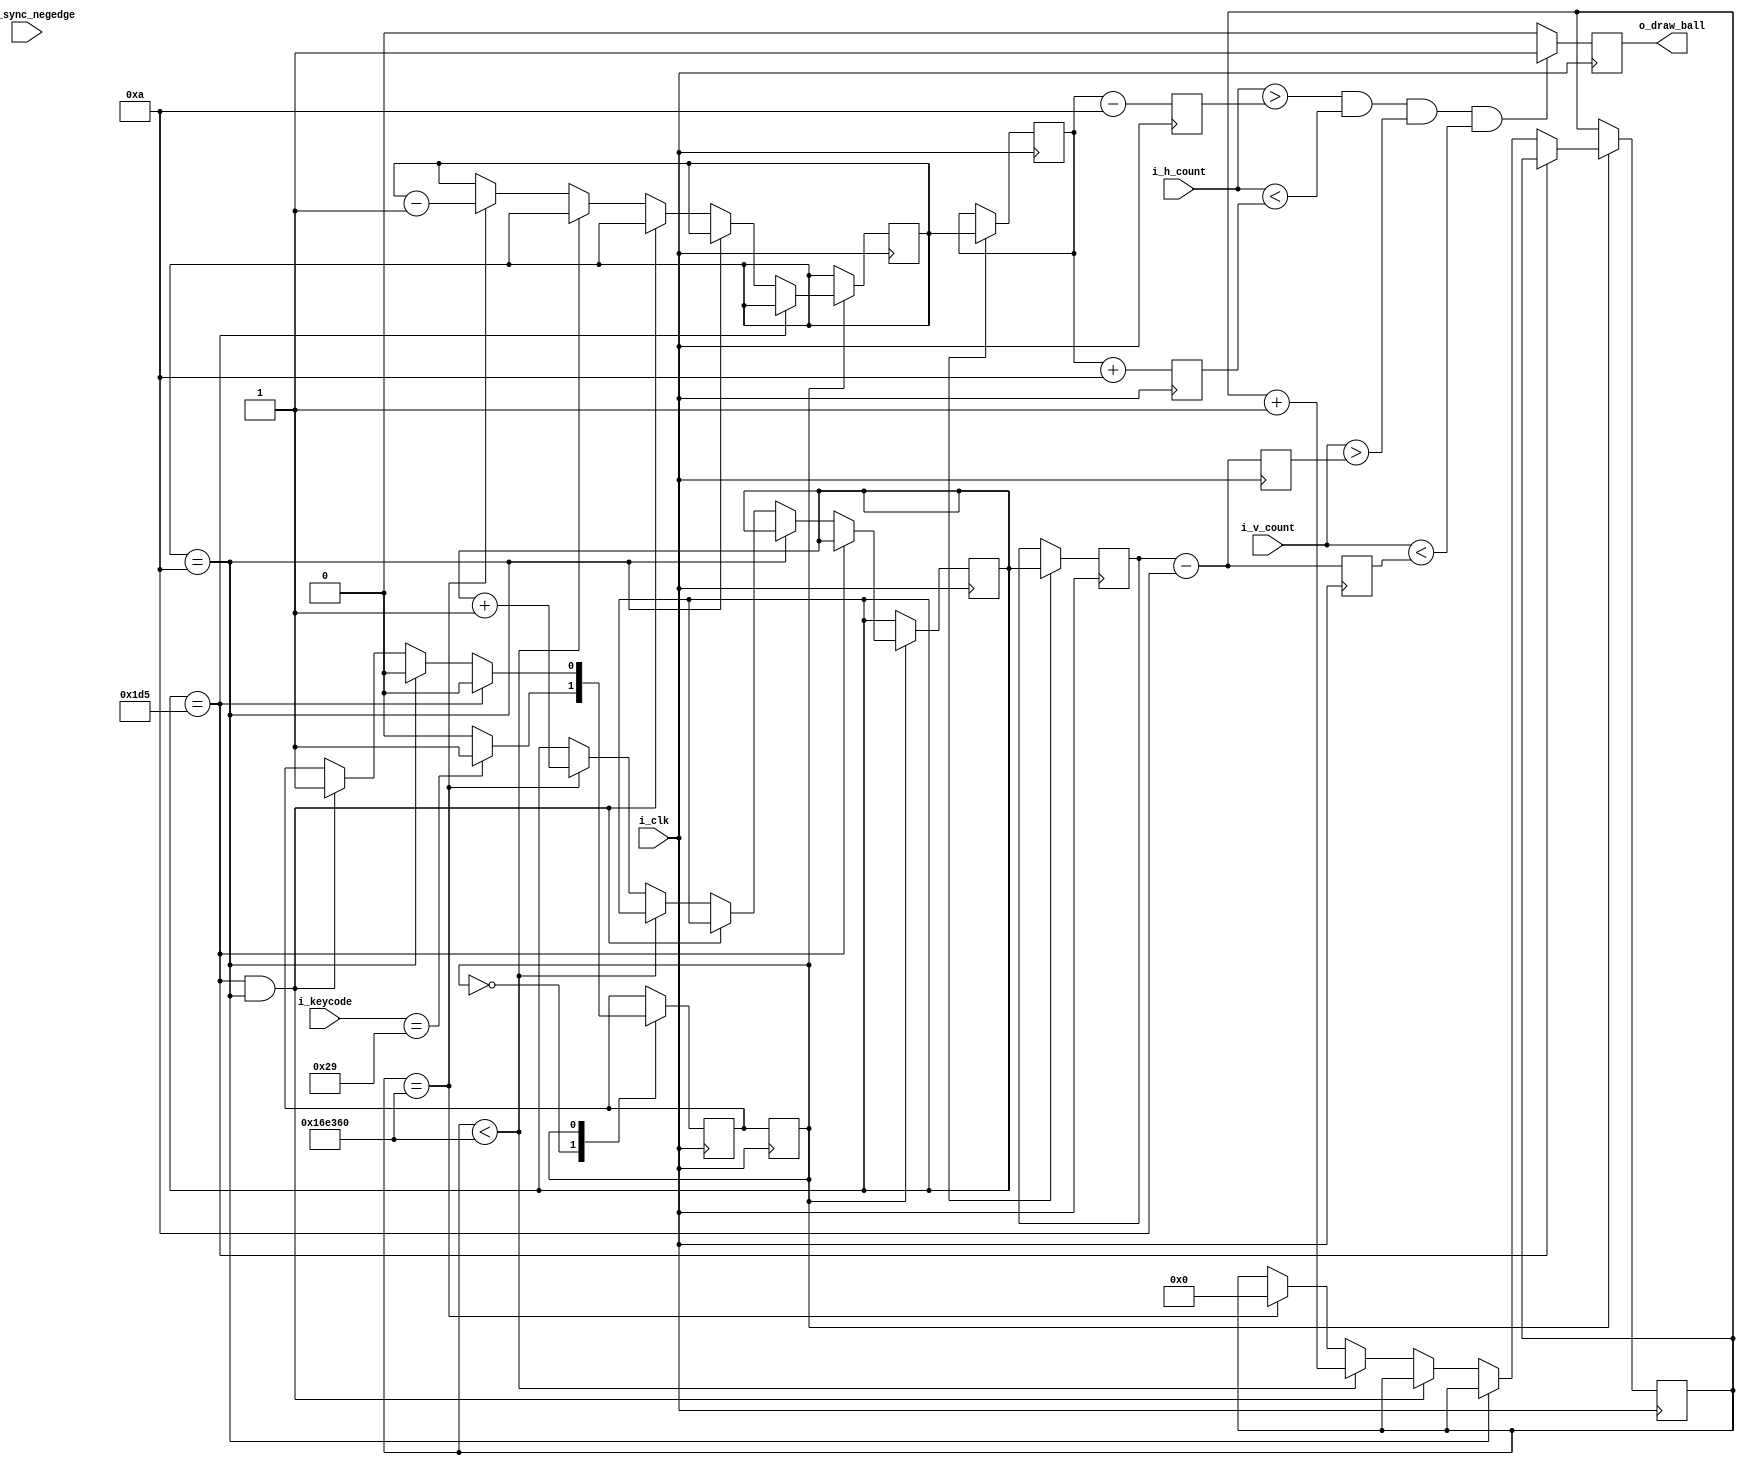
module ball_movement(
	input i_clk,
	input [15:0] i_keycode,
	input i_v_sync_negedge,
	input [9:0] i_v_count,
	input [9:0] i_h_count,
	output o_draw_ball
);
	
	parameter BALL_RADIUS = 10;
	parameter NOT_MOVING = 3'b000;
	parameter DOWN_LEFT= 3'b001;
	parameter UP_LEFT = 3'b010;
	parameter UP_RIGHT = 3'b011;
	parameter DOWN_RIGHT = 3'b100;
	parameter START_MOVING = 8'h29;
	parameter X_START = 320;
	parameter Y_START = 240;
	parameter SCREEN_HEIGHT = 479;
	parameter SCREEN_WIDTH = 639;
	parameter BALL_SPEED = 1500000;
	
	
	reg r_current_state = NOT_MOVING, r_next_state = NOT_MOVING;	
	reg [20:0] r_movement_counter = 0;
	reg [9:0] r_intermediate_x, r_intermediate_y, r_ball_x, r_ball_y;
	reg [9:0] r_ball_top, r_ball_bottom, r_ball_left, r_ball_right;

	//next state logic
	always @(posedge i_clk)
	begin
		r_current_state <= r_next_state;
	end

	//next state logic
	
	//Next step: finish the edge detection for state logic and define the rest of the states
	//write the output logic for draw ball. See generate paddle logic for example.

	always @(posedge i_clk)
	begin
		case(r_current_state)
		
		NOT_MOVING:
		begin
			if (i_keycode == START_MOVING)
				r_next_state <= DOWN_LEFT;
			else
				r_next_state <= NOT_MOVING;
		end
		
		DOWN_LEFT:
		begin
			if (r_intermediate_y == SCREEN_HEIGHT - BALL_RADIUS)
				r_next_state <= UP_LEFT;
			else if (r_intermediate_x == BALL_RADIUS)
				r_next_state <= DOWN_RIGHT;
			else if (r_intermediate_y == (SCREEN_HEIGHT - BALL_RADIUS) && 
					r_intermediate_x == BALL_RADIUS)
				r_next_state <= UP_RIGHT;
			else
				begin
				if (r_movement_counter < BALL_SPEED)
					r_movement_counter <= r_movement_counter + 1;
					
				else if (r_movement_counter == BALL_SPEED)
				begin
					r_movement_counter <= 0;
					r_intermediate_x <= r_intermediate_x - 1;
					r_intermediate_y <= r_intermediate_y + 1;
				end
			end
		end
		
		DOWN_RIGHT:
		begin
			if (r_intermediate_y == SCREEN_HEIGHT - BALL_RADIUS)
				r_next_state <= UP_RIGHT;
			else if (r_intermediate_x == SCREEN_WIDTH - BALL_RADIUS)
				r_next_state <= DOWN_LEFT;
			else if (r_intermediate_y == (SCREEN_HEIGHT - BALL_RADIUS) && 
					r_intermediate_x == SCREEN_HEIGHT - BALL_RADIUS)
				r_next_state <= UP_LEFT;
			else
				begin
				if (r_movement_counter < BALL_SPEED)
					r_movement_counter <= r_movement_counter + 1;
					
				else if (r_movement_counter == BALL_SPEED)
				begin
					r_movement_counter <= 0;
					r_intermediate_x <= r_intermediate_x + 1;
					r_intermediate_y <= r_intermediate_y + 1;
				end
			end
		end
		
		UP_RIGHT:
		begin
			if (r_intermediate_y == BALL_RADIUS)
				r_next_state <= DOWN_RIGHT;
			else if (r_intermediate_x == SCREEN_WIDTH - BALL_RADIUS)
				r_next_state <= UP_LEFT;
			else if (r_intermediate_y == BALL_RADIUS && 
					r_intermediate_x == SCREEN_WIDTH - BALL_RADIUS)
				r_next_state <= DOWN_LEFT;
			else
				begin
				if (r_movement_counter < BALL_SPEED)
					r_movement_counter <= r_movement_counter + 1;
					
				else if (r_movement_counter == BALL_SPEED)
				begin
					r_movement_counter <= 0;
					r_intermediate_x <= r_intermediate_x + 1;
					r_intermediate_y <= r_intermediate_y - 1;
				end
			end
		end
		
		UP_LEFT:
		begin 
			if (r_intermediate_y == BALL_RADIUS)
				r_next_state <= DOWN_LEFT;
			else if (r_intermediate_x == BALL_RADIUS)
				r_next_state <= UP_RIGHT;
			else if (r_intermediate_y == BALL_RADIUS && 
					r_intermediate_x == BALL_RADIUS)
				r_next_state <= DOWN_RIGHT;
			else
				begin
				if (r_movement_counter < BALL_SPEED)
					r_movement_counter <= r_movement_counter + 1;
					
				else if (r_movement_counter == BALL_SPEED)
				begin
					r_movement_counter <= 0;
					r_intermediate_x <= r_intermediate_x - 1;
					r_intermediate_y <= r_intermediate_y - 1;
				end
			end
		end
		endcase
	end
	
	always @(posedge i_clk)
	begin
		r_ball_top <= r_ball_y - BALL_RADIUS;
		r_ball_bottom <= r_ball_y - BALL_RADIUS;
		r_ball_left <= r_ball_x - BALL_RADIUS;
		r_ball_right <= r_ball_x + BALL_RADIUS;
		
		if (i_v_sync_nededge)
		begin
			r_ball_x <= r_intermediate_x;
			r_ball_y <= r_intermediate_y;
		end
		
		if (i_h_count > r_ball_left && i_h_count < r_ball_right 
			&& i_v_count > r_ball_top && i_v_count < r_ball_bottom)
			o_draw_ball <= 1;
		else
			o_draw_ball <= 0;		
	end
	
	
	
	
endmodule